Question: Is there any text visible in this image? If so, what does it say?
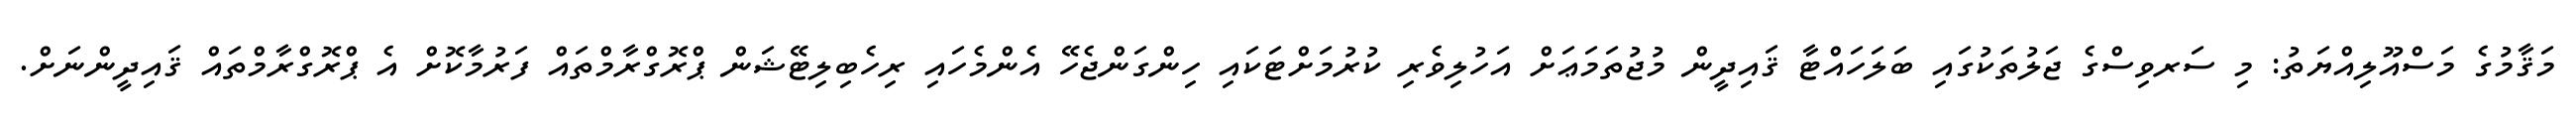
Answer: މަޤާމުގެ މަސްއޫލިއްޔަތު: މި ސަރވިސްގެ ޖަލުތަކުގައި ބަލަހައްޓާ ޤައިދީން މުޖުތަމަޢަށް އަހުލިވެރި ކުރުމަށްޓަކައި ހިންގަންޖެހޭ އެންމެހައި ރިހެބިލިޓޭޝަން ޕްރޮގްރާމްތައް ފަރުމާކޮށް އެ ޕްރޮގްރާމްތައް ޤައިދީންނަށް.